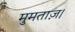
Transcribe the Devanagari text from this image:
मुमताज़।